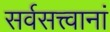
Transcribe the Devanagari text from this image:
सर्वसत्त्वानां